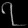
Digit: ၇